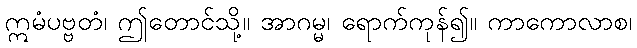
ဣမံပဗ္ဗတံ၊ ဤတောင်သို့။ အာဂမ္မ၊ ရောက်ကုန်၍။ ကာကောလာစ၊